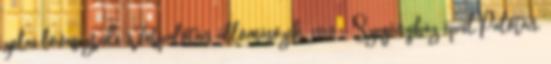
zalai lovasezrede Várpalotán állomásozik. 1810 – Szegényház épül Palotán.